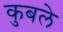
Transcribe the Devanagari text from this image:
कुबले